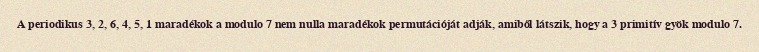
A periodikus 3, 2, 6, 4, 5, 1 maradékok a modulo 7 nem nulla maradékok permutációját adják, amiből látszik, hogy a 3 primitív gyök modulo 7.